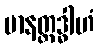
မာနတ္ထဒ္ဓါဟံ